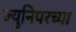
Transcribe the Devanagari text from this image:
ज्युनिपरच्या